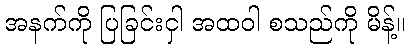
အနက်ကို ပြခြင်းငှါ အထဝါ စသည်ကို မိန့်။